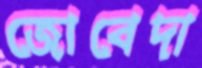
জোবেদা